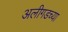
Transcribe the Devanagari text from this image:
अलीगडच्या